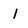
Character: 1